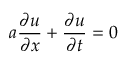
a { \frac { \partial u } { \partial x } } + { \frac { \partial u } { \partial t } } = 0